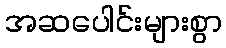
အဆပေါင်းများစွာ